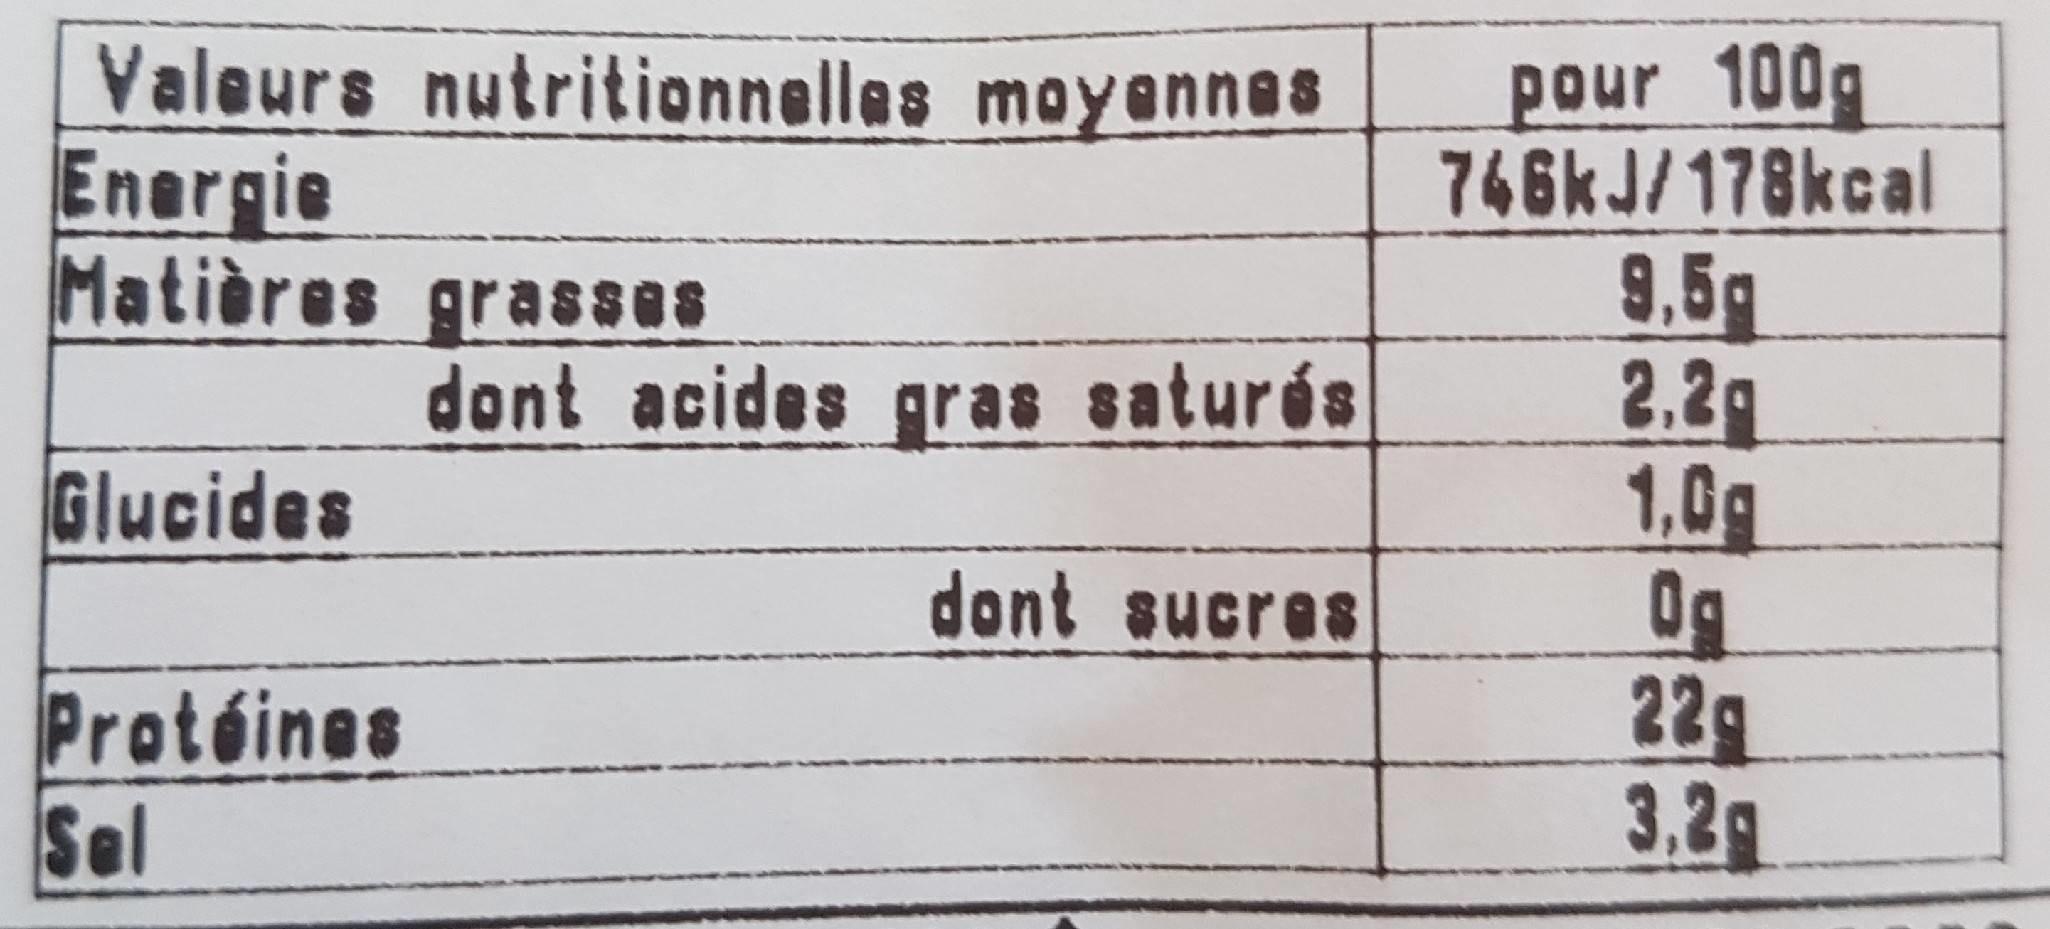
pour 100g 766KJ/178kcal 9,5g 2.2g 1,0g 0g 229 3,2g
Valeurs nutritionnelles moyannas Energie Matières grasses
dont acides gras saturés
Glucides
dont sucres
Protéines Sel